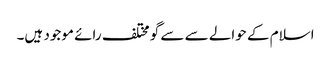
اسلام کے حوالے سے سے گو مختلف رائے موجود ہیں۔